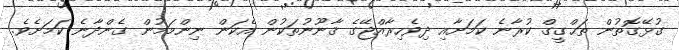
ގުޅޭގޮތުން ތަޙްގީގް ކުރާނެ ކަމަށާއި ދިވެހިރާއްޖޭގެ ޤާނޫނުތަކުން އެކަން ނިންމަމުން ގެންދާނެ ކަމަށެވެ.